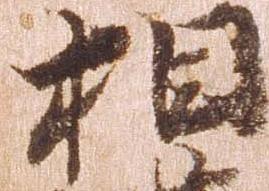
相